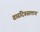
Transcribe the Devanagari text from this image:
वाढदिवसालाच